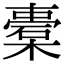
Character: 橐